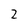
Character: 2